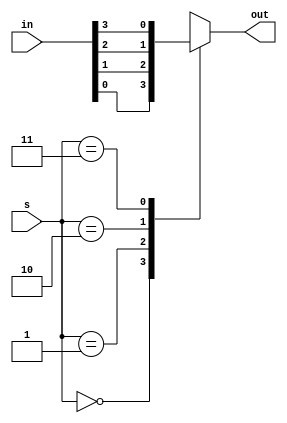
module fourbitmuxcase(in, s, out);
	input wire[3: 0] in;
	input wire[1: 0] s;
	output wire out;
	reg _out;
	always @(in or s)
		case (s)
			2'b00: _out = in[0];
			2'b01: _out = in[1];
			2'b10: _out = in[2];
			2'b11: _out = in[3];
			default: _out = 1'b0;
		endcase
	assign out = _out;
endmodule